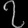
Digit: ၇